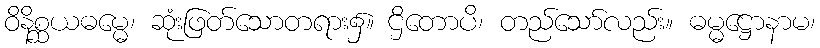
ဝိနိစ္ဆယဓမ္မေ၊ ဆုံးဖြတ်သောတရား၌။ ဌိတောပိ၊ တည်သော်လည်း။ ဓမ္မဋ္ဌောနာမ၊